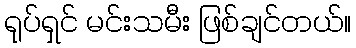
ရုပ်ရှင် မင်းသမီး ဖြစ်ချင်တယ်။